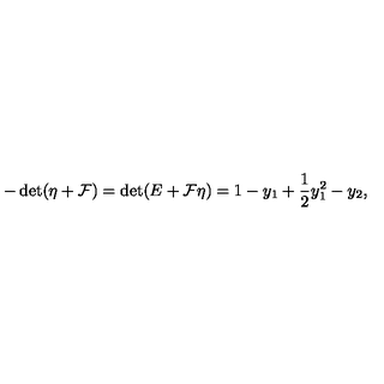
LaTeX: - \det ( \eta + { \cal F } ) = \det ( E + { \cal F } \eta ) = 1 - y _ { 1 } + \frac 1 2 y _ { 1 } ^ { 2 } - y _ { 2 } ,